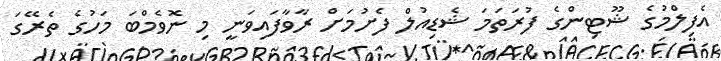
އެފިލްމުގެ ޝޫޓިންގެ ފުރަތަމަ ޝެޑިއުލް ފެށުމަށް ރާވާފައިވަނީ މި ނޮވެމްބަ މަހުގެ ތެރޭގަ